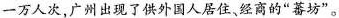
一万人次，广州出现了供外国人居住、经商的”蕃坊”。